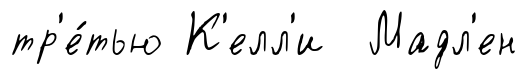
тр'е́тью К'елл'и Мадл'ен